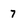
Character: 7